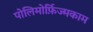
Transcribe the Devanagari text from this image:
पोलिमोर्फ़िज्मकाम